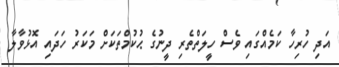
އަދި ހުރިހާ ކަމެއްގައި ވެސް ހީލަތްތެރި ދީނުގެ ޙުކުމްތަކަށް މަކަރު ހަދައި އޮޅުވާލާ